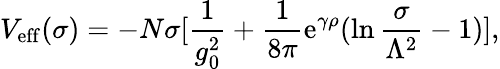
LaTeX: V_{\mathrm{eff}}(\sigma)=-N\sigma[{\frac{1}{g_{0}^{2}}}+{\frac{1}{8\pi}}\mathrm{e}^{\gamma\rho}(\ln{\frac{\sigma}{\Lambda^{2}}}-1)],